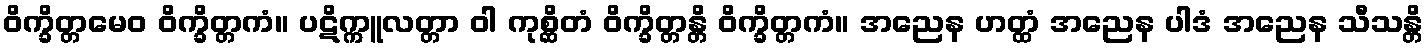
ဝိက္ခိတ္တမေဝ ဝိက္ခိတ္တကံ။ ပဋိက္ကူလတ္တာ ဝါ ကုစ္ဆိတံ ဝိက္ခိတ္တန္တိ ဝိက္ခိတ္တကံ။ အညေန ဟတ္ထံ အညေန ပါဒံ အညေန သီသန္တိ